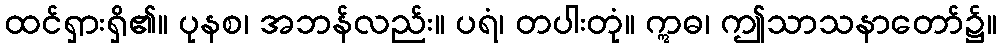
ထင်ရှားရှိ၏။ ပုနစ၊ အဘန်လည်း။ ပရံ၊ တပါးတုံ။ ဣဓ၊ ဤသာသနာတော်၌။